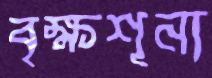
বৃক্ষশূন্য